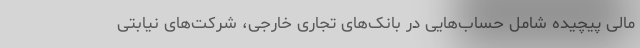
مالی پیچیده شامل حساب‌هایی در بانک‌های تجاری خارجی، شرکت‌های نیابتی